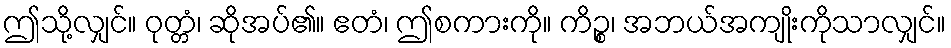
ဤသို့လျှင်။ ဝုတ္တံ၊ ဆိုအပ်၏။ ဧတံ၊ ဤစကားကို။ ကိဉ္စ၊ အဘယ်အကျိုးကိုသာလျှင်။